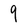
Character: 9